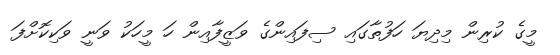
މީގެ ކުރިން މިދިޔަ ހަފުތާގައި ސިފައިންގެ ވަޒީފާއިން ހަ މީހަކު ވަނީ ވަކިކޮށްފަ